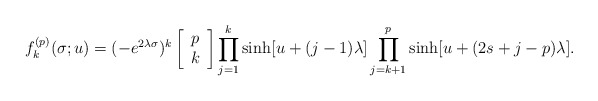
\begin{align*}f^{(p)}_k(\sigma;u) = (-e^{2 \lambda\sigma})^k\left[\begin{array}{c}p\\k\end{array} \right]\prod_{j=1}^k \sinh[u+(j-1)\lambda]\prod_{j=k+1}^p \sinh[u+(2s+j-p)\lambda].\end{align*}